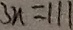
3 n = 1 1 1